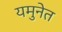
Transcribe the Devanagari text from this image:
यमुनेत